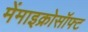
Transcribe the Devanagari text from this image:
मेंमाइक्रोसॉफ्ट